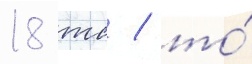
18 тс / то́